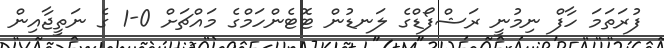
ފުރަތަމަ ހާފް ނިމުނީ ރަޝްފޯޑްގެ ލަނޑުން ޓޮޓެންހަމްގެ މައްޗަށް 0-1 ގެ ނަތީޖާއިން